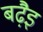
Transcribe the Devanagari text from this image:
बढ़ैइ